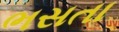
ભસતા